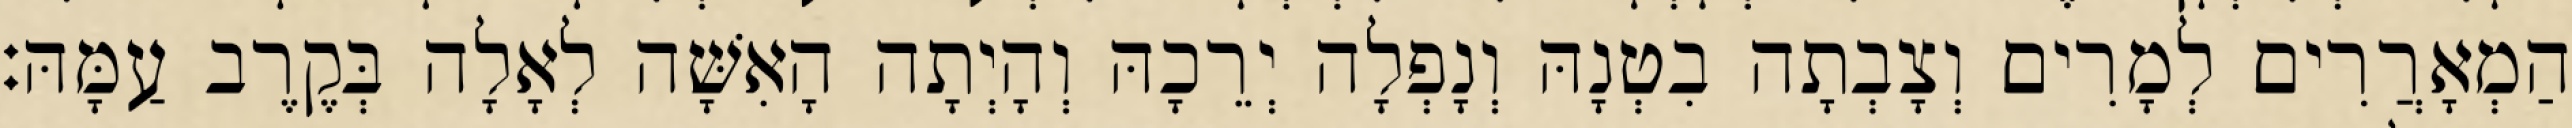
הַמְאָרֲרִים לְמָרִים וְצָבְתָה בִטְנָהּ וְנָפְלָה יְרֵכָהּ וְהָיְתָה הָאִשָּׁה לְאָלָה בְּקֶרֶב עַמָּהּ׃